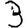
Digit: 3